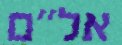
אל"ם